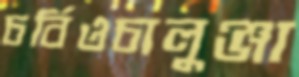
চর্বিওচালুঞ্জা